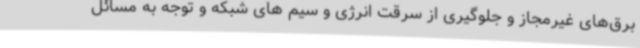
برق‌های غیرمجاز و جلوگیری از سرقت انرژی و سیم های شبکه و توجه به مسائل